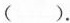
()。